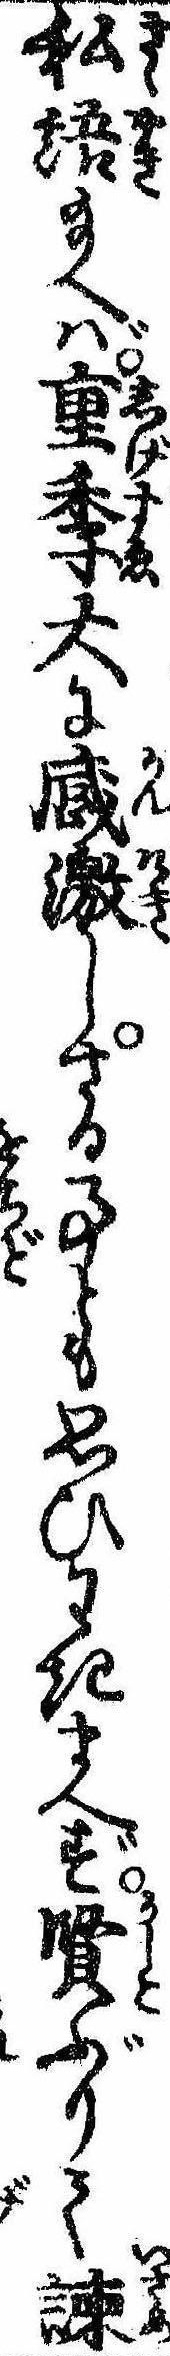
私語給へば重季大に感激しさる事とも思ひわきまへず賢ぶりて諌